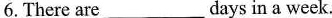
6. There are___days in a week.